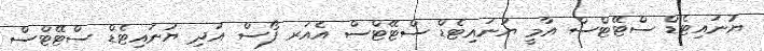
ޔުނައިޓެޑް ސްޓޭޓްސް އާމީ ޔުނައިޓެޑް ސްޓޭޓްސް އެއަރ ފޯސް އަދި ޔުނައިޓެޑް ސްޓޭޓްސް